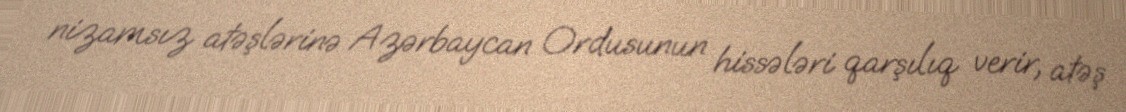
nizamsız atəşlərinə Azərbaycan Ordusunun hissələri qarşılıq verir, atəş